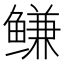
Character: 鳒